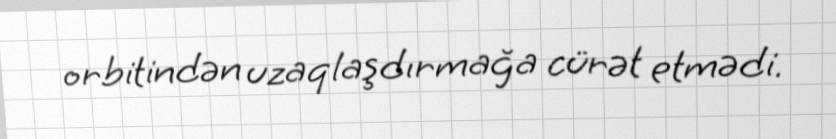
orbitindən uzaqlaşdırmağa cürət etmədi.